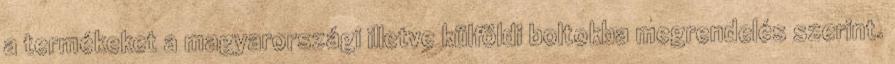
a termékeket a magyarországi illetve külföldi boltokba megrendelés szerint.